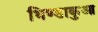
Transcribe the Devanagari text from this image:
भिण्डाकुआ